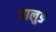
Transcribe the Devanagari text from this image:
पालुङ